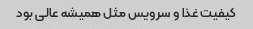
کیفیت غذا و سرویس مثل همیشه عالی بود